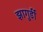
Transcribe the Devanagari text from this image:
झागुर्डी